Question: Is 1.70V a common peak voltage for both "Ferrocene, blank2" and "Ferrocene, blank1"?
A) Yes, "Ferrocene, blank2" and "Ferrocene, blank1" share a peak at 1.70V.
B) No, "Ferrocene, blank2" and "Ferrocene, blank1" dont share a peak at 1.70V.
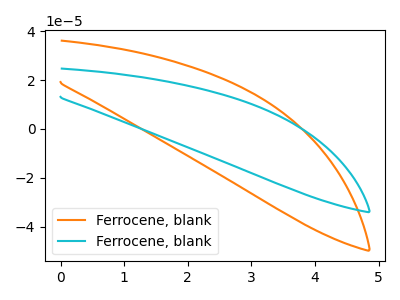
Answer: <think>The orange curve "Ferrocene, blank1" has no peaks. The cyan curve "Ferrocene, blank2" has no peaks.</think>
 <answer>B) No, "Ferrocene, blank2" and "Ferrocene, blank1" dont share a peak at 1.70V.</answer>
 <eval>B</eval>